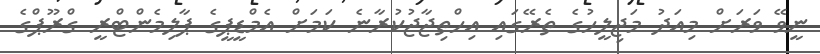
ނީވޭ ވަރަށް މިއަދު މަޖިލީހުގެ ތެރޭގައި އިހްތިޖާޖުކުރާނެ ކަމަށް އެމްޑީޕީގެ ޕާލިމެންޓްރީ ގްރޫޕްގެ